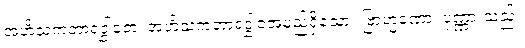
အဟိံသကဘာရဒွါဇော၊ အဟိံသကဘာရဒွါဇအမည်ရှိသော။ ဗြာဟ္မဏော၊ ပုဏ္ဏားသည်။